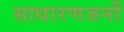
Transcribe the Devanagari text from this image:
साधारणजनों